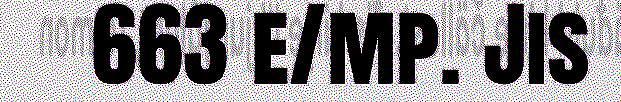
663 e/mp. Jis